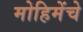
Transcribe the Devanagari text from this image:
मोहिमेंचे